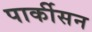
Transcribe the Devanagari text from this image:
पार्कीसन